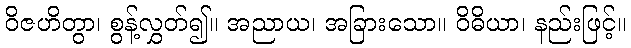
ဝိဇဟိတွာ၊ စွန့်လွှတ်၍။ အညာယ၊ အခြားသော။ ဝိဓိယာ၊ နည်းဖြင့်။